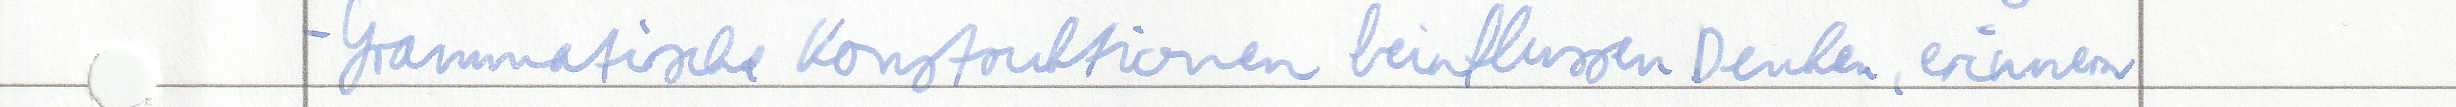
- Grammatische Konstruktionen beeinflussen Denken, erinnern